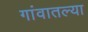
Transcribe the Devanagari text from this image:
गांवातल्या